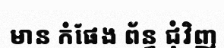
មាន កំផែង ព័ន្ធ ជុំវិញ